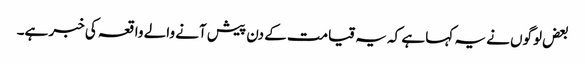
بعض لوگوں نے یہ کہا ہے کہ یہ قیامت کے دن پیش آنے والے واقعہ کی خبر ہے۔